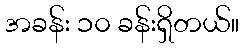
အခန်း ၁၀ ခန်းရှိတယ်။